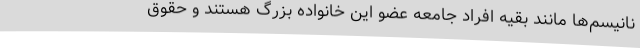
نانیسم‌ها مانند بقیه افراد جامعه عضو این خانواده بزرگ هستند و حقوق